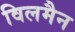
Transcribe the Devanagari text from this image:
विलमैन